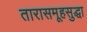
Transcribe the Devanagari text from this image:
तारासमूहसुद्धा